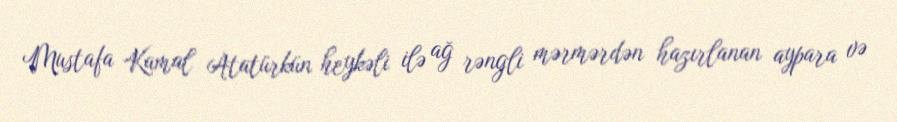
Mustafa Kamal Atatürkün heykəli ilə ağ rəngli mərmərdən hazırlanan aypara və